Vital statistics of India. Vol. V, Reports of 1876 on armies & jails and on epidemic cholera
Year: 1876
Disease focus: Cholera
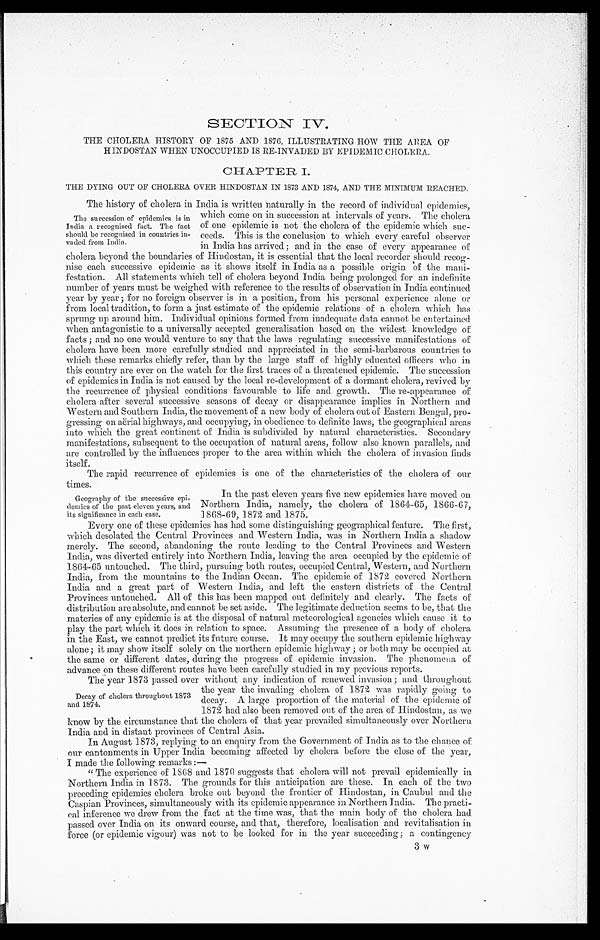
SECTION IV.
THE CHOLERA HISTORY OF 1875 AND 1876, ILLUSTRATING HOW THE AREA OF
HINDOSTAN WHEN UNOCCUPIED IS RE-INVADED BY EPIDEMIC CHOLERA.
CHAPTER I.
THE DYING OUT OF CHOLERA OVER HINDOSTAN IN 1873 AND 1874, AND THE MINIMUM REACHED.
The history of cholera in India is written naturally in the record of individual epidemics,
which come on in succession at intervals of years. The cholera
of one epidemic is not the cholera of the epidemic which suc
-ceeds. This is the conclusion to which every careful observer
in India has arrived; and in the case of every appearance of
cholera beyond the boundaries of Hindostan, it is essential that the local recorder should recog
-nise each successive epidemic as it shows itself in India as a possible origin of the mani-
festation. All statements which tell of cholera beyond India being prolonged for an indefinite
number of years must be weighed with reference to the results of observation in India continued.
year by year; for no foreign observer is in a position, from his personal experience alone or
from local tradition, to form a just estimate of the epidemic. relations of a cholera which has
sprung up around him. Individual opinions formed from inadequate data cannot be entertained
when antagonistic to a universally accepted generalisation based on the widest knowledge of
facts; and no one would venture to say that the laws regulating successive manifestations of
cholera have been more carefully studied and appreciated in the semi-barbarous countries to
which these remarks chiefly refer, than. by the large staff of highly educated officers who in
this country are ever on the watch for the first traces of a threatened epidemic. The succession
of epidemics in India is not caused by the local re-development of a dormant cholera, revived by
the recurrence of physical conditions favourable to life and growth. The re-appearance of
cholera after several successive seasons of decay or disappearance implies in Northern and
Western and Southern India, the movement of a new body of cholera, out of Eastern Bengal, pro-
gressing on aërial highways, and occupying, in obedience to definite laws, the geographical areas
into which the great continent of India is subdivided by natural characteristics. Secondary
manifestations, subsequent to the occupation of natural areas, follow also known parallels, and
are controlled by the influences proper to the area within which the cholera of invasion finds
itself.
The rapid recurrence of epidemics is one of the characteristics of the cholera of our
times.
The succession of epidemics is in
India a recognised fact. The fact
should be recognised in countries in
- v a d e d f r o m I n d i a .
Geography of the successive epi
-demics of the past eleven years, and
its significance in each case.
In the past eleven years five new epidemics have moved on.
Northern India, namely, the cholera of 1864-65, 1866-67,
1868-69. 1872 and 1875.
Every one of these epidemics has had some distinguishing geographical feature. The first,
which desolated the Central Provinces and Western India, was in Northern India a shadow
merely. The second, abandoning the route leading to the Central Provinces and Western.
India, was diverted entirely into Northern India, leaving the area occupied by the epidemic of
1864-65 untouched. The third, pursuing both routes, occupied Central, Western, and Northern.
India, from the mountains to the Indian Ocean. The epidemic of 1872 covered Northern
India and a great part of Western India, and left the eastern districts of the Central
Provinces untouched. All of this has been mapped out definitely and clearly. The facts of
distribution are absolute, and cannot be set aside. The legitimate deduction seems to be, that the
materies of any epidemic is at the disposal of natural meteorological agencies which cause it to
play the part which it does in relation to space. Assuming the presence of a body of cholera
in the East, we cannot predict its future course. It may occupy the southern epidemic highway
alone; it may show itself solely on the northern epidemic highway; or both may be occupied at
the same or different dates, during the progress of epidemic invasion. The phenomena of
a d v a n c e t h e s e d i f f e r e n t r o u t e s h a v e L e e n c a r e f u l l y s t u d i e d i n m y p r e v i o u s r e p o r t s .
The year 1873 passed over without any indication of renewed invasion; and throughout
the year the invading cholera of 1872 was rapidly going to
decay. A large proportion of the material of the epidemic of
1872 had. also been removed out of the area of Hindostan, as we
know by the circumstance that the cholera of that year prevailed simultaneously over Northern.
India and in distant provinces of Central Asia.
In August 1873, replying to an enquiry from the Government of India as to the chance of
our cantonments in Upper India becoming affected by cholera before the close of the year,
I made the following remarks:—
" The experience of 1868 and 1870 suggests that cholera will not prevail epidemically in
Northern India in 1873. The grounds for this anticipation are these. In each of the two
preceding epidemics cholera broke out beyond the frontier of Hindostan, in Caubul and the
Caspian Provinces, simultaneously with its epidemic appearance in Northern India. The practi
-cal inference we drew from the fact at the time was, that the main body of the cholera had.
passed over India on its onward course, and that, therefore, localisation and revitalisation in
force (or epidemic vigour) was not to be looked for in the year succeeding; a contingency
Decay of cholera throughout 1873
and 1874.
3 w